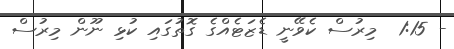
- 1:15  މިރުސް ކެވޭނީ ޑެޒަޓެއްގެ ގޮތުގައި ކުޅި ނޫން މިރުސް